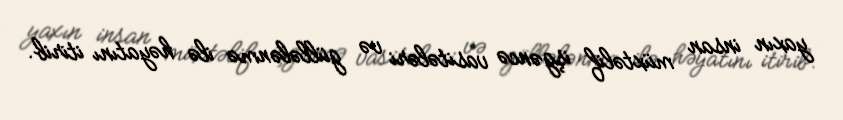
yaxın insan müxtəlif işgəncə vasitələri və güllələnmə ilə həyatını itirib.